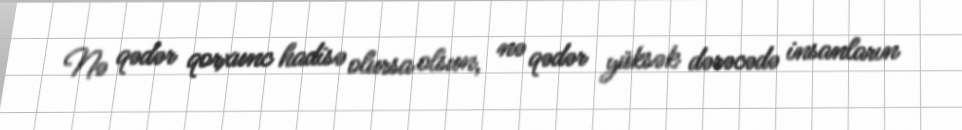
Nə qədər qorxunc hadisə olursa olsun, nə qədər yüksək dərəcədə insanların